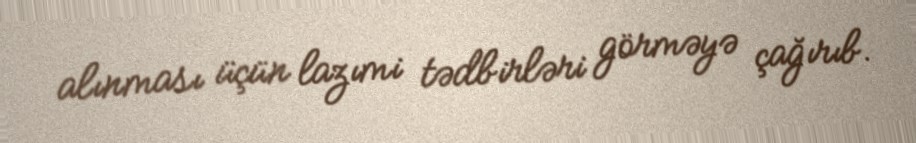
alınması üçün lazımi tədbirləri görməyə çağırıb.